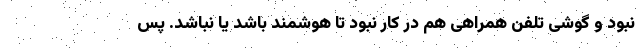
نبود و گوشی تلفن همراهی هم در کار نبود تا هوشمند باشد یا نباشد. پس